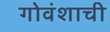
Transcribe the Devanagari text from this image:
गोवंशाची